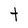
Character: t